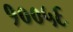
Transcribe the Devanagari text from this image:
१००५६